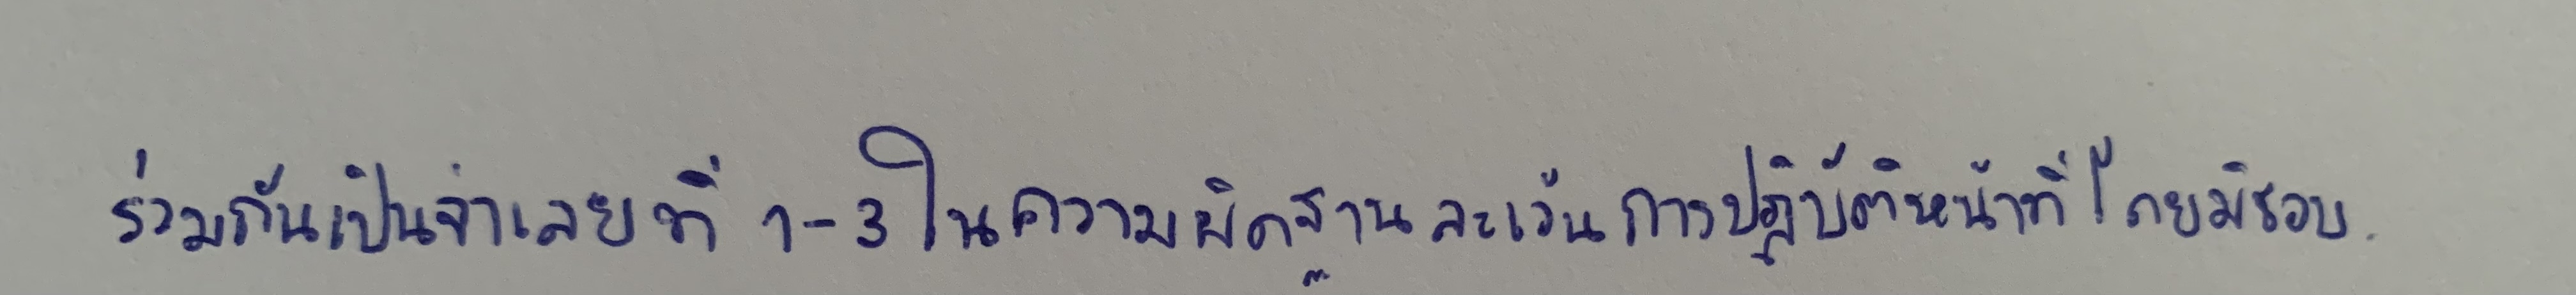
ร่วมกันเป็นจำเลยที่1-3ในความผิดฐานละเว้นการปฏิบัติหน้าที่โดยมิชอบ